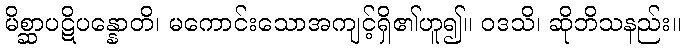
မိစ္ဆာပဋိပန္နောတိ၊ မကောင်းသောအကျင့်ရှိ၏ဟူ၍။ ဝဒသိ၊ ဆိုဘိသနည်း။